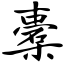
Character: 橐